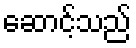
ဆောင့်သည်